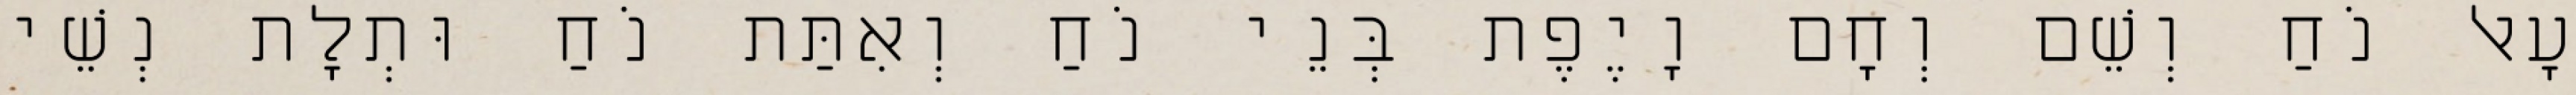
עָאל נֹחַ וְשֵׁם וְחָם וָיֶפֶת בְּנֵי נֹחַ וְאִתַּת נֹחַ וּתְלָת נְשֵׁי